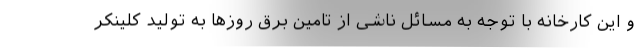
و این کارخانه با توجه به مسائل ناشی از تامین برق روزها به تولید کلینکر